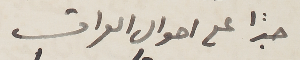
جدًا على احوال العراق